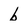
Character: b